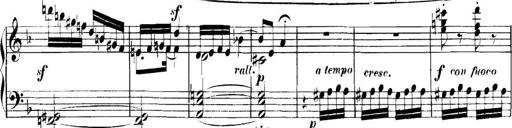
Title: Collected Piano Sonatas
Composer: Muzio Clementi